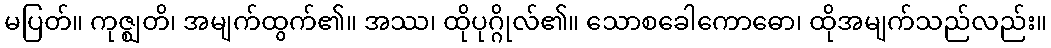
မပြတ်။ ကုဇ္ဈတိ၊ အမျက်ထွက်၏။ အဿ၊ ထိုပုဂ္ဂိုလ်၏။ သောစခေါကောဓော၊ ထိုအမျက်သည်လည်း။